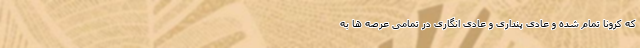
که کرونا تمام شده و عادی پنداری و عادی انگاری در تمامی عرصه ها به